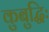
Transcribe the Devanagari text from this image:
कुबुद्धिः